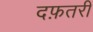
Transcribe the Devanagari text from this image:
दफ़तरी